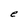
Character: e